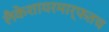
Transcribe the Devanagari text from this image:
लँकेशायरमार्फतच